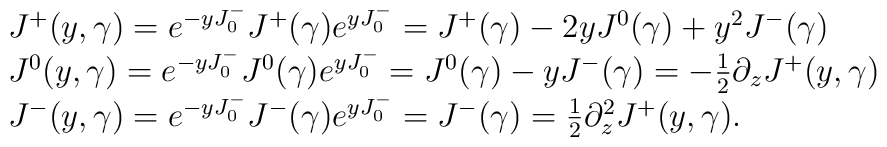
\begin{array}{lcr}J^{+}(y,\gamma)= e^{-yJ_{0}^{-}}J^{+}(\gamma)e^{yJ_{0}^{-}}=J^{+}(\gamma)-2yJ^{0}(\gamma)+y^{2}J^{-}(\gamma)\\J^{0}(y,\gamma)=e^{-yJ_{0}^{-}}J^{0}(\gamma)e^{yJ_{0}^{-}}=J^{0}(\gamma)-yJ^{-}(\gamma)={-{1\over 2}}{\partial _z}J^{+}(y,\gamma)\\J^{-}(y,\gamma)=e^{-yJ_{0}^{-}}J^{-}(\gamma)e^{yJ_{0}^{-}}=J^{-}(\gamma)={1\over 2}{{\partial }^{2} _z}J^{+}(y,\gamma).\end {array}